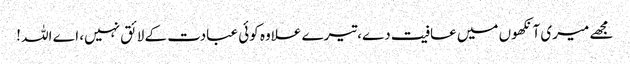
مجھے میری آنکھوں میں عافیت دے،تیرے علاوہ کوئی عبادت کے لائق نہیں، اے اللہ !